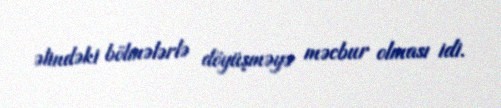
əlindəki bölmələrlə döyüşməyə məcbur olması idi.